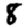
Digit: 8